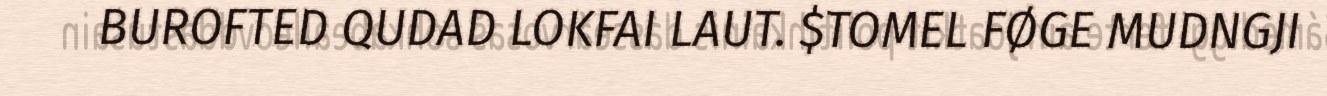
BUROFTED QUDAD LOKFAI LAUT. $TOMEL FØGE MUDNGJI